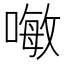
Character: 𠽊